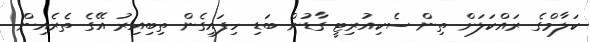
ކަލާމްގެ ރައްކަލަށް ތިން ސެކިއުރިޓީ ގާޑުން ބަޑި ހިފައިގެން ތިބިއިރު އޭގެ ތެރެއިން